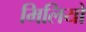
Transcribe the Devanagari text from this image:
मिलियो